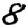
Digit: 8